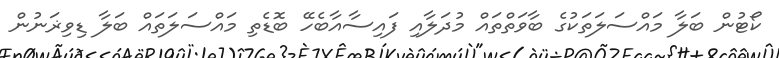
ކޯޓުން ބަލާ މައްސަލަތަކުގެ ބާވަތްތައް މުދަލާއި ފައިސާއާބެހޭ ބޮޑެތި މައްސަލަތައް ބަލާ ޑިވިޜަނުން